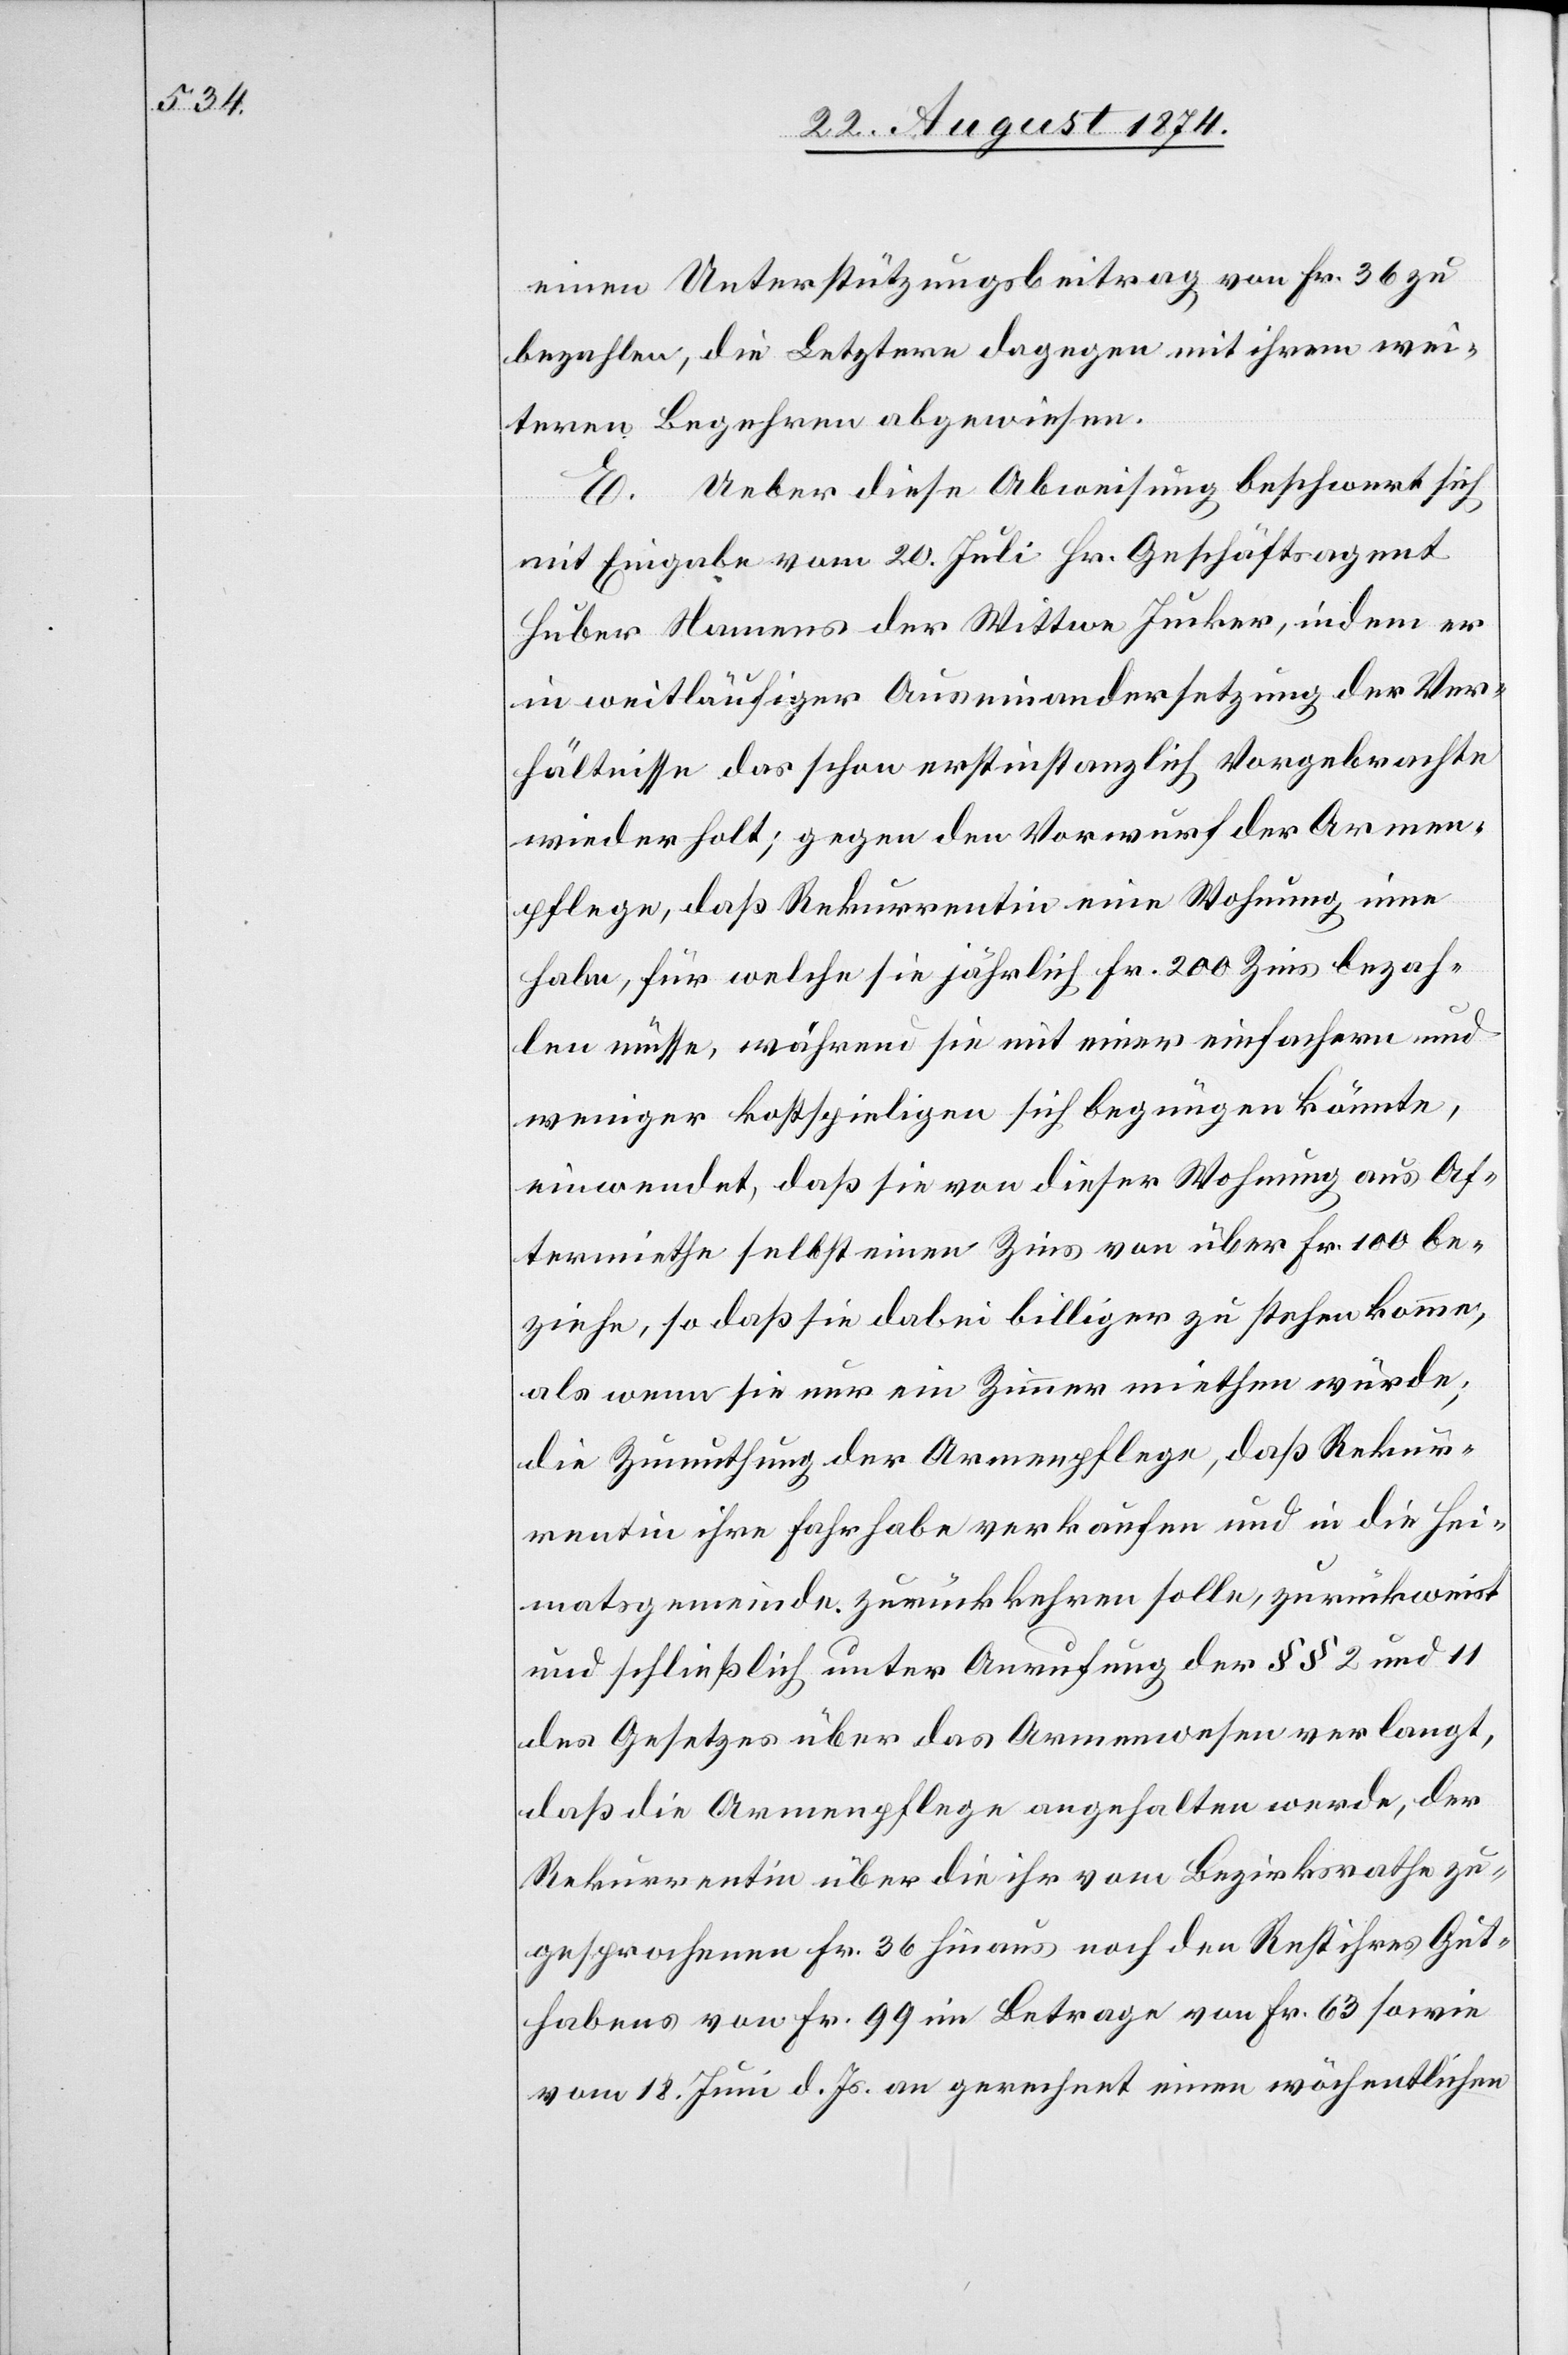
einen Unterstützungsbeitrag von Fr. 36 zu
bezahlen, die Letztere dagegen mit ihren wei¬
tern Begehren abgewiesen.
E. Ueber diese Abweisung beschwert sich
mit Eingabe vom 20. Juli Hr. Geschäftsagent
Huber Namens der Wittwe Jucker, indem er
in weitläufiger Auseinandersetzung der Ver¬
hältnisse das schon erstinstanzlich Vorgebrachte
wiederholt; gegen den Vorwurf der Armen¬
pflege, daß Rekurrentin eine Wohnung inne
habe, für welche sie jährlich Fr. 200 Zins bezah¬
len müsse, während sie mit einer einfachern und
weniger kostspieligen sich begnügen könnte,
einwendet, daß sie von dieser Wohnung aus Af¬
termiethe selbst einen Zins von über Fr. 100 be¬
ziehe, so daß sie dabei billiger zu stehen komme,
als wenn sie nur ein Zimmer miethen würde;
die Zumuthung der Armenpflege, daß Rekur¬
rentin ihre Fahrhabe verkaufen und in die Hei¬
matsgemeinde zurückkehren solle, zurückweist
und schließlich unter Anrufung der §§ 2 und 11
des Gesetzes über das Armenwesen verlangt,
daß die Armenpflege angehalten werde, der
Rekurrentin über die ihr vom Bezirksrathe zu¬
gesprochenen Fr. 36 hinaus noch den Rest ihres Gut¬
habens von Fr. 99 im Betrage von Fr. 63 sowie
vom 18. Juni d. Js. an gerechnet einen wöchentlichen